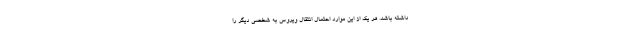
داشته باشد. هر یک از این موارد احتمال انتقال ویروس به شخصی دیگر را